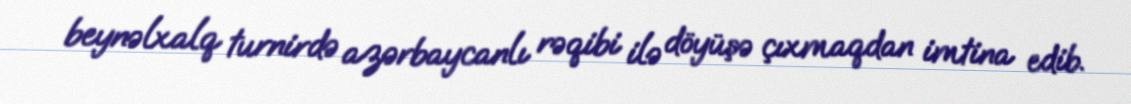
beynəlxalq turnirdə azərbaycanlı rəqibi ilə döyüşə çıxmaqdan imtina edib.